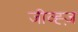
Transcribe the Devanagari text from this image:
जीव्ह्ज़